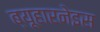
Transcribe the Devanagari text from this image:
ब्यूहारनेइस